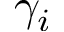
\gamma _ { i }